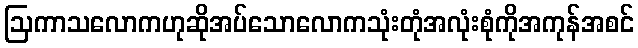
ဩကာသလောကဟုဆိုအပ်သောလောကသုံးတုံအလုံးစုံကိုအကုန်အစင်